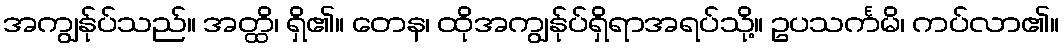
အကျွန်ုပ်သည်။ အတ္ထိ၊ ရှိ၏။ တေန၊ ထိုအကျွန်ုပ်ရှိရာအရပ်သို့။ ဥပသင်္ကမိ၊ ကပ်လာ၏။